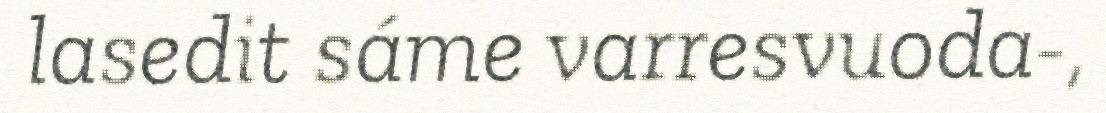
lasedit sáme varresvuoda-,